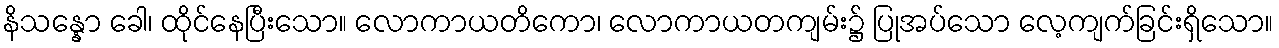
နိသန္နော ခေါ၊ ထိုင်နေပြီးသော။ လောကာယတိကော၊ လောကာယတကျမ်း၌ ပြုအပ်သော လေ့ကျက်ခြင်းရှိသော။